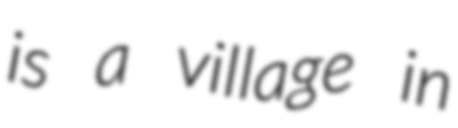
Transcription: is a village in